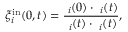
\xi _ { i } ^ { \mathrm { i n } } ( 0 , t ) = \frac { \ensuremath { \mathbf { { \ell } } } _ { i } ( 0 ) \cdot \ensuremath { \mathbf { { \ell } } } _ { i } ( t ) } { \ensuremath { \mathbf { { \ell } } } _ { i } ( t ) \cdot \ensuremath { \mathbf { { \ell } } } _ { i } ( t ) } ,